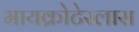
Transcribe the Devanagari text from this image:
मायक्रोटेस्लास